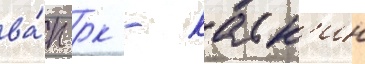
ва́п рк - каск'ин